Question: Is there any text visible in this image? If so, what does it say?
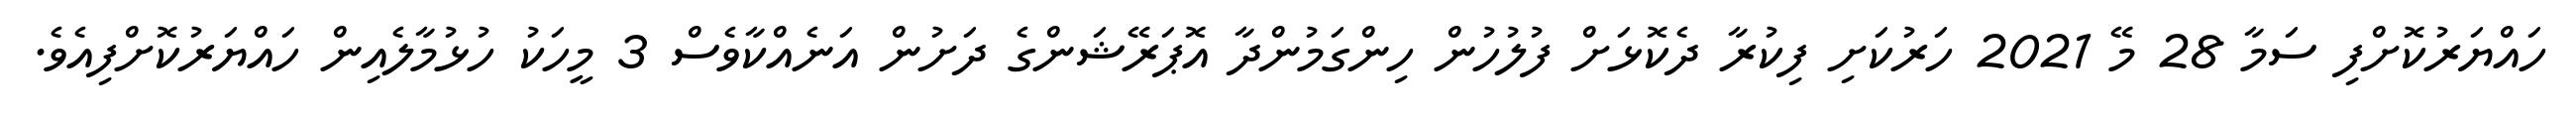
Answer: ހައްޔަރުކޮށްފި ސަމާ 28 މޭ 2021 ހަރުކަށި ފިކުރާ ދެކޮޅަށް ފުލުހުން ހިންގަމުންދާ އޮޕަރޭޝަންގެ ދަށުން އަނެއްކާވެސް 3 މީހަކު ހުޅުމާލެއިން ހައްޔަރުކޮށްފިއެވެ.